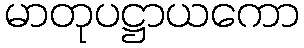
မာတုပဋ္ဌာယကော